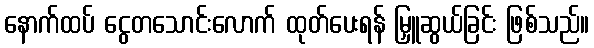
နောက်ထပ် ငွေတသောင်းလောက် ထုတ်ပေးရန် မြှူဆွယ်ခြင်း ဖြစ်သည်။